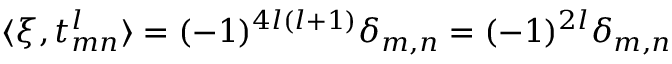
\langle \xi , t _ { m n } ^ { l } \rangle = ( - 1 ) ^ { 4 l ( l + 1 ) } \delta _ { m , n } = ( - 1 ) ^ { 2 l } \delta _ { m , n }